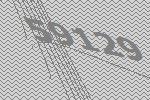
59129